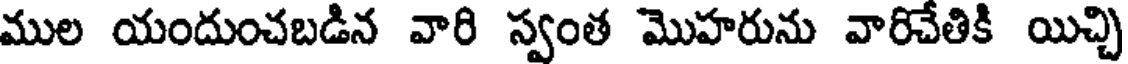
ముల యందుంచబడిన వారి స్వంత మొహరును వారిచేతికి యిచ్చి